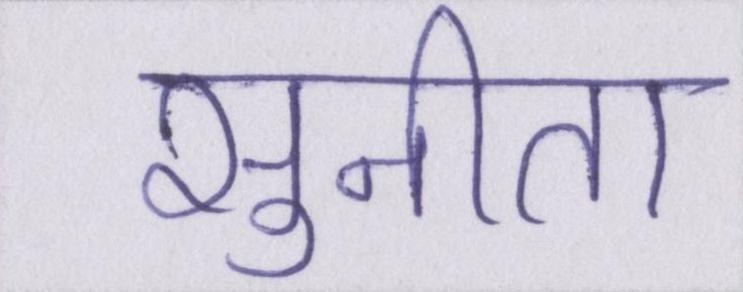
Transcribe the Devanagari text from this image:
सुनीता